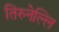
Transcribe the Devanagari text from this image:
तिरुनेल्लि